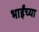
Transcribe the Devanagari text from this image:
भाईंच्या